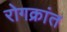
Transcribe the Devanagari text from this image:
रोगक्रांत